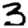
Digit: 3